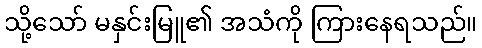
သို့သော် မနှင်းမြူ၏ အသံကို ကြားနေရသည်။